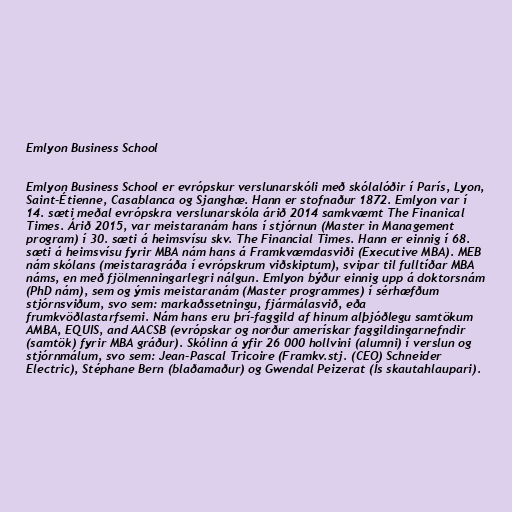
Emlyon Business School

Emlyon Business School er evrópskur verslunarskóli með skólalóðir í París, Lyon,
Saint-Étienne, Casablanca og Sjanghæ. Hann er stofnaður 1872. Emlyon var í
14. sæti meðal evrópskra verslunarskóla árið 2014 samkvæmt The Finanical
Times. Árið 2015, var meistaranám hans í stjórnun (Master in Management
program) í 30. sæti á heimsvísu skv. The Financial Times. Hann er einnig í 68.
sæti á heimsvísu fyrir MBA nám hans á Framkvæmdasviði (Executive MBA). MEB
nám skólans (meistaragráða í evrópskrum viðskiptum), svipar til fulltíðar MBA
náms, en með fjölmenningarlegri nálgun. Emlyon býður einnig upp á doktorsnám
(PhD nám), sem og ýmis meistaranám (Master programmes) í sérhæfðum
stjórnsviðum, svo sem: markaðssetningu, fjármálasvið, eða
frumkvöðlastarfsemi. Nám hans eru þrí-faggild af hinum alþjóðlegu samtökum
AMBA, EQUIS, and AACSB (evrópskar og norður amerískar faggildingarnefndir
(samtök) fyrir MBA gráður). Skólinn á yfir 26 000 hollvini (alumni) í verslun og
stjórnmálum, svo sem: Jean-Pascal Tricoire (Framkv.stj. (CEO) Schneider
Electric), Stéphane Bern (blaðamaður) og Gwendal Peizerat (Ís skautahlaupari).